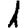
Digit: 1